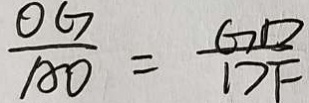
\frac { O G } { A D } = \frac { G D } { D F }